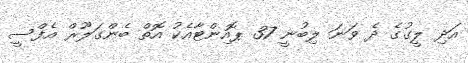
އަދި ލީގުގެ ދެ ވަނަ ލިބުނީ 37 ޕޮއިންޓާއެކު އޮތް ބެންގަލޫރް އެފްސީ